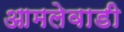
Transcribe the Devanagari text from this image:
आमलेवाडी